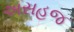
અસહજ